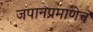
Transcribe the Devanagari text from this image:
जपानप्रमाणेच